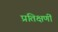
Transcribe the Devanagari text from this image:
प्रतिक्षणीं